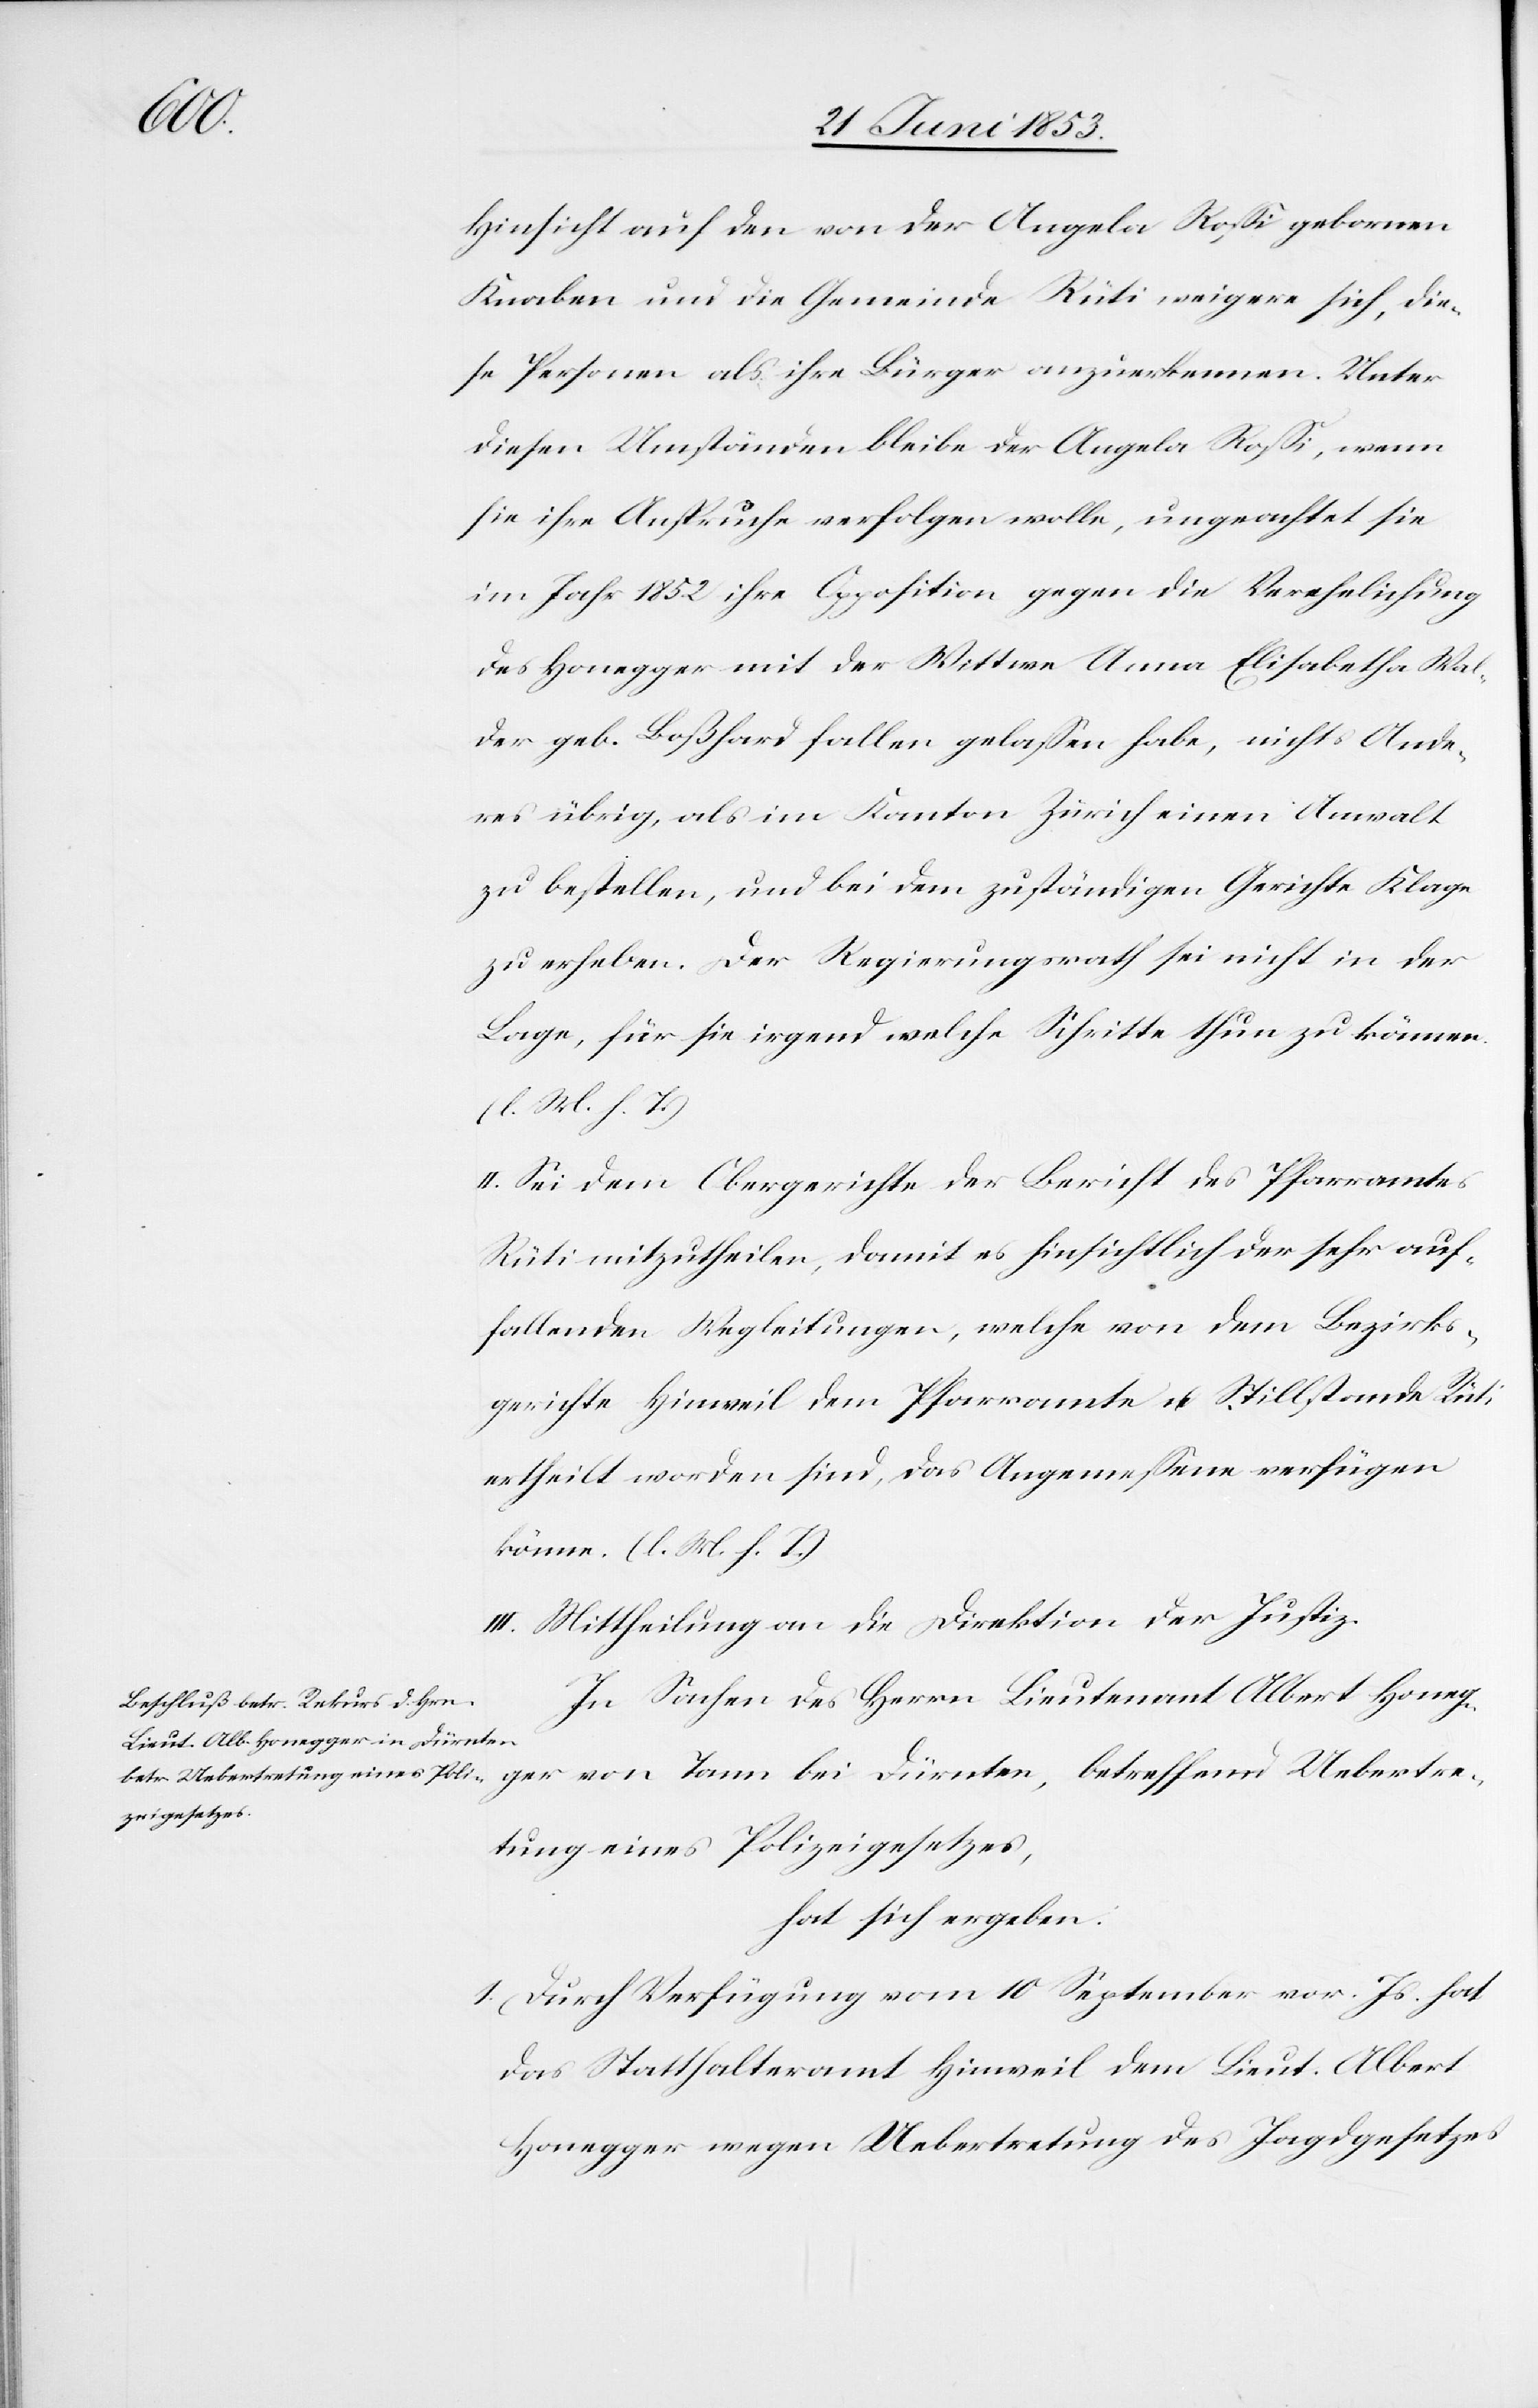
Uebertre¬

Hinsicht auf den von der Angela Roßi gebornen
Knaben und die Gemeinde Rüti weigere sich, die¬
se Personen als ihre Bürger anzuerkennen. Unter
diesen Umständen bleibe der Angela Roßi, wenn
sie ihre Ansprüche verfolgen wolle, ungeachtet sie
im Jahr 1852 ihre Opposition gegen die Verehelichung
des Honegger mit der Wittwe Anna Elisabetha Wal¬
der geb. Boßhard fallen gelaßen habe, nichts Ande¬
res übrig, als im Kanton Zürich einen Anwalt
zu bestellen, und bei dem zuständigen Gerichte Klage
zu erheben. Der Regierungsrath sei nicht in der
Lage, für sie irgend welche Schritte thun zu können.
[l. M. h. T]
II. Sei dem Obergerichte der Bericht des Pfarramtes
Rüti mitzutheilen, damit es hinsichtlich der sehr auf¬
fallenden Wegleitungen, welche von dem Bezirks¬
gerichte Hinweil dem Pfarramte u. Stillstande Rüti
ertheilt worden sind, das Angemeßene verfügen
könne. [l. M. h. T]
III. Mittheilung an die Direktion der Justiz.
In Sachen des Herrn Lieutnant Albert Honeg¬
tung eines Polizeigesetzes,
hat sich ergeben:
1. Durch Verfügung vom 10 September vor. Js. hat
das Statthalteramt Hinweil dem Lieut. Albert
Honegger wegen Uebertretung des Jagdgesetzes